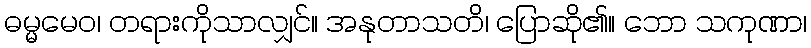
ဓမ္မမေဝ၊ တရားကိုသာလျှင်။ အနုတာသတိ၊ ပြောဆို၏။ ဘော သကုဏာ၊